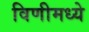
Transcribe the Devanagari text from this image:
विणीमध्ये